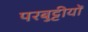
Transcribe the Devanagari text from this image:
परबुट्टीयों